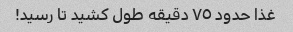
غذا حدود ٧٥ دقیقه طول کشید تا رسید!